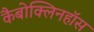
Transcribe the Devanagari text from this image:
कैबोक्लिनहॉस